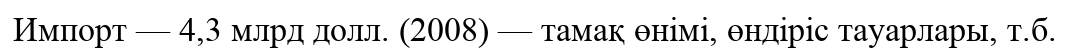
Импорт — 4,3 млрд долл. (2008) — тамақ өнімі, өндіріс тауарлары, т.б.